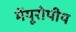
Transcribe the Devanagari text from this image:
मेंयूरोपीय